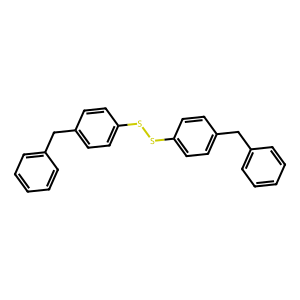
SMILES: c1ccc(Cc2ccc(SSc3ccc(Cc4ccccc4)cc3)cc2)cc1
Inhibits HIV replication: No